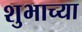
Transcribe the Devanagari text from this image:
शुभाच्या